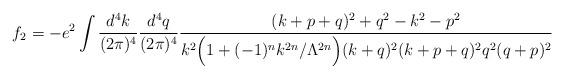
LaTeX: \begin{align*}\ f_2 = - e^2 \int \frac{d^4k}{(2\pi)^4}\frac{d^4q}{(2\pi)^4}\frac{(k+p+q)^2+q^2-k^2-p^2}{k^2\Big(1 + (-1)^n k^{2n}/\Lambda^{2n}\Big)(k+q)^2 (k+p+q)^2 q^2 (q+p)^2}\end{align*}